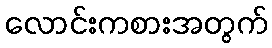
လောင်းကစားအတွက်